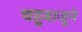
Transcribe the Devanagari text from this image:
चहूबाजूने